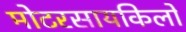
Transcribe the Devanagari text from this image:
मोटरसायकिलों